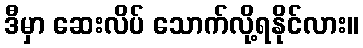
ဒီမှာ ဆေးလိပ် သောက်လို့ရနိုင်လား။